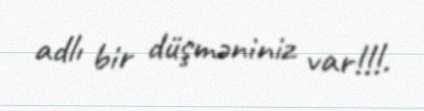
adlı bir düşməniniz var!!!.